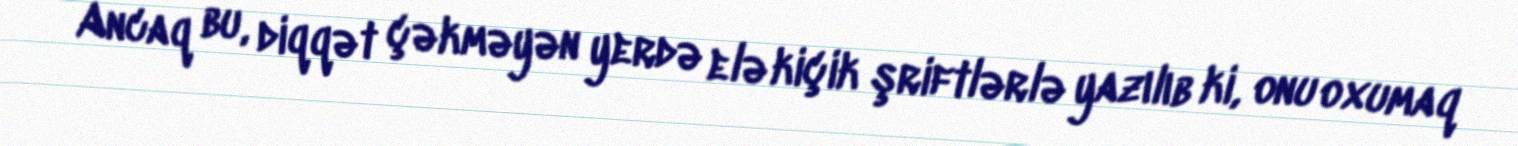
Ancaq bu, diqqət çəkməyən yerdə elə kiçik şriftlərlə yazılıb ki, onu oxumaq